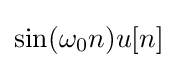
\sin(\omega _{0}n)u[n]